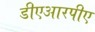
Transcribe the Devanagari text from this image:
डीएआरपीए